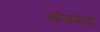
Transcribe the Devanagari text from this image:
सांडवता